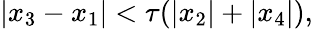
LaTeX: |x_{3}-x_{1}|<\tau(|x_{2}|+|x_{4}|),